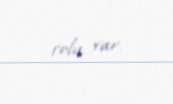
rolu var.